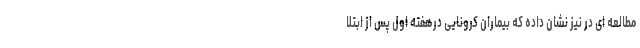
مطالعه ای در نیز نشان داده که بیماران کرونایی درهفته اول پس از ابتلا